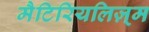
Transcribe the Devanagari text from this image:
मैटिरियलिज़्म